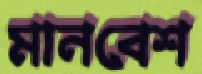
মানবেশ